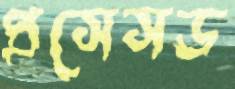
প্রসেসড